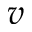
v